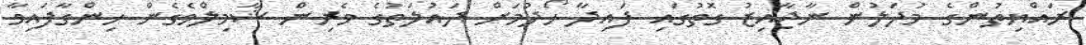
ރައްޔިތުންގެ މުދަލުން ނާޖާއިޒު ގޮތުގައި ފައިދާ ހޯދުމަށް ދައުލަތުގެ ވެރިން ޝާމިލްވެގެން ހިންގާފައިވާ